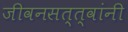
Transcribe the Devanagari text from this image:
जीवनसत्त्वांनी